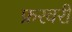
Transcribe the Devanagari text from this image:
फ्ररवरी